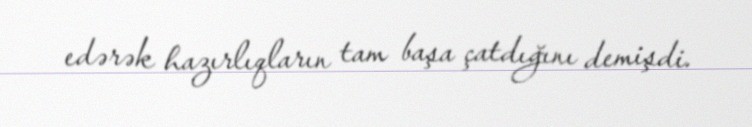
edərək hazırlıqların tam başa çatdığını demişdi.